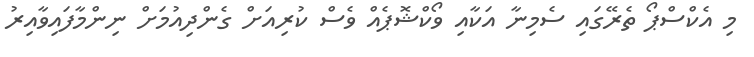
މި އެކްސްޕޯ ތެރޭގައި ސެމިނާ އަކާއި ވޯކްޝޮޕެއް ވެސް ކުރިއަށް ގެންދިއުމަށް ނިންމާފައިވާއިރު